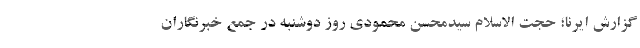
گزارش ایرنا؛ حجت الاسلام سیدمحسن محمودی روز دوشنبه در جمع خبرنگاران